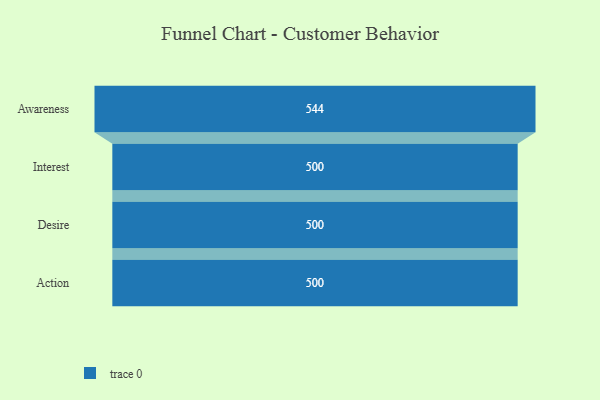
{"axis": {"x": "Stage", "y": "Value"}, "legend": [""], "data": [{"x": "Awareness", "y": 544.0, "type": ""}, {"x": "Interest", "y": 500, "type": ""}, {"x": "Desire", "y": 500, "type": ""}, {"x": "Action", "y": 500, "type": ""}]}